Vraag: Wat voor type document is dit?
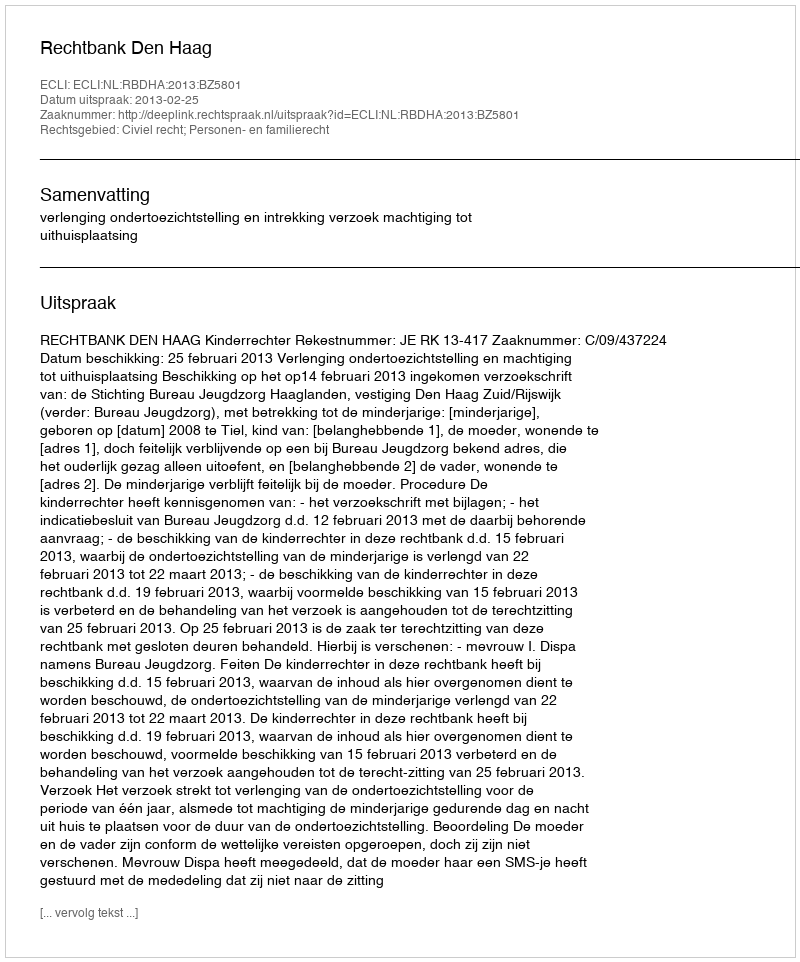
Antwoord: Uitspraak